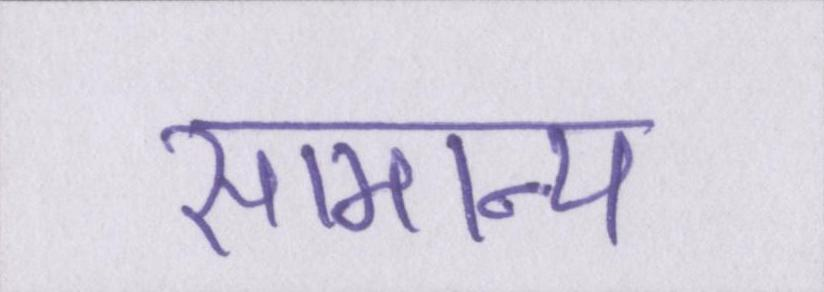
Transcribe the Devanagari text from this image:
सामान्य